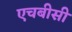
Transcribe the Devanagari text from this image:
एचबीसी